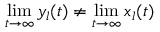
\operatorname* { l i m } _ { t \to \infty } y _ { l } ( t ) \neq \operatorname* { l i m } _ { t \to \infty } x _ { l } ( t )